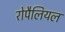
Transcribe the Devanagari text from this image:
रोपैलियल